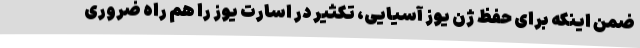
ضمن اینکه برای حفظ ژن یوز آسیایی، تکثیر در اسارت یوز را هم راه ضروری